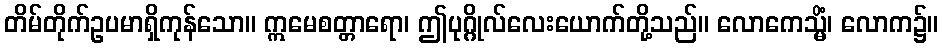
တိမ်တိုက်ဥပမာရှိကုန်သော။ ဣမေစတ္တာရော၊ ဤပုဂ္ဂိုလ်လေးယောက်တို့သည်။ လောကေသ္မိံ၊ လောက၌။